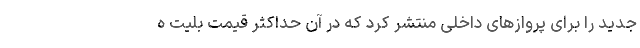
جدید را برای پروازهای داخلی منتشر کرد که در آن حداکثر قیمت بلیت ه